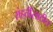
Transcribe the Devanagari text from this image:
संहतींसाठीच